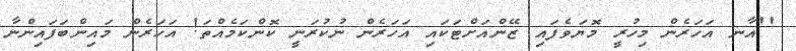
''އާނ އަހަރެން މިހުރީ މޮޔަވެފައި ޒޭންއަށްޓަކައި އަހަރެން ނުކުރަނީ ކޮންކަމެއްތަ! އަހަރެން މައިންބަފައިންނާ